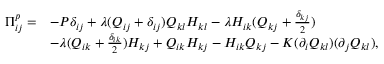
\begin{array} { r l } { \Pi _ { i j } ^ { p } = } & { - P \delta _ { i j } + \lambda ( Q _ { i j } + \delta _ { i j } ) Q _ { k l } H _ { k l } - \lambda H _ { i k } ( Q _ { k j } + \frac { \delta _ { k j } } { 2 } ) } \\ & { - \lambda ( Q _ { i k } + \frac { \delta _ { i k } } { 2 } ) H _ { k j } + Q _ { i k } H _ { k j } - H _ { i k } Q _ { k j } - K ( \partial _ { i } Q _ { k l } ) ( \partial _ { j } Q _ { k l } ) , } \end{array}